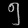
Digit: ၅